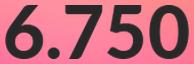
6.750